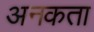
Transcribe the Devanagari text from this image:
अनकता